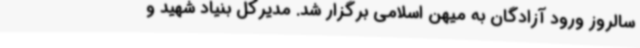
سالروز ورود آزادگان به میهن اسلامی برگزار شد. مدیرکل بنیاد شهید و